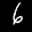
Label: 6